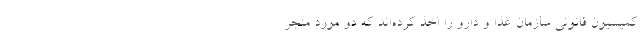
کمیسیون قانونی سازمان غذا و دارو را اخذ کرده‌‌اند که دو مورد منجر